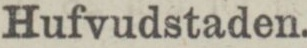
Hufvudstaden.